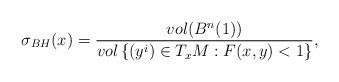
LaTeX: \begin{align*} \sigma_{BH}(x)=\frac{vol(B^n(1))}{vol\left\lbrace (y^i)\in T_xM : F(x,y)< 1 \right\rbrace }, \end{align*}